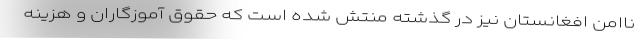
ناامن افغانستان نیز در گذشته منتش شده است که حقوق آموزگاران و هزینه